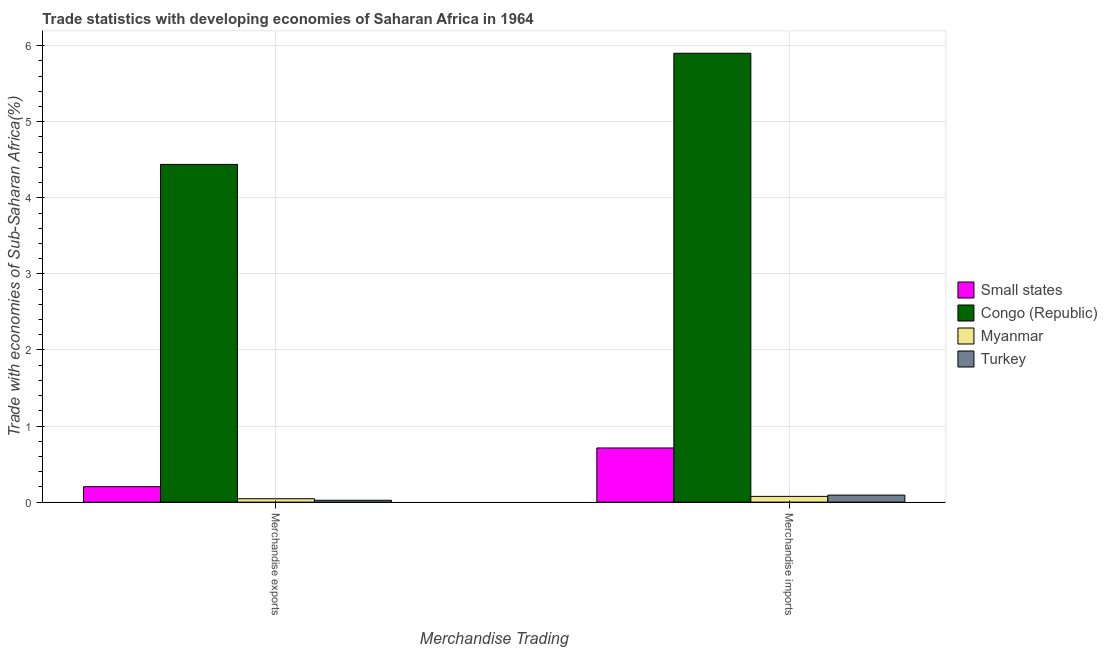
| Merchandise Trading | Small states | Congo (Republic) | Myanmar | Turkey |
 | --- | --- | --- | --- | --- |
 | Merchandise exports | 0.203 | 4.44 | 0.0447 | 0.0243 |
 | Merchandise imports | 0.712 | 5.9 | 0.0756 | 0.0923 |